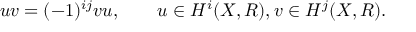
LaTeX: u v = ( - 1 ) ^ { i j } v u , \qquad u \in H ^ { i } ( X , R ) , v \in H ^ { j } ( X , R ) .